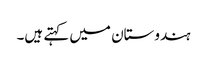
ہندوستان میں کہتے ہیں۔